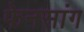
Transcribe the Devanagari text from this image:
फेनसांग